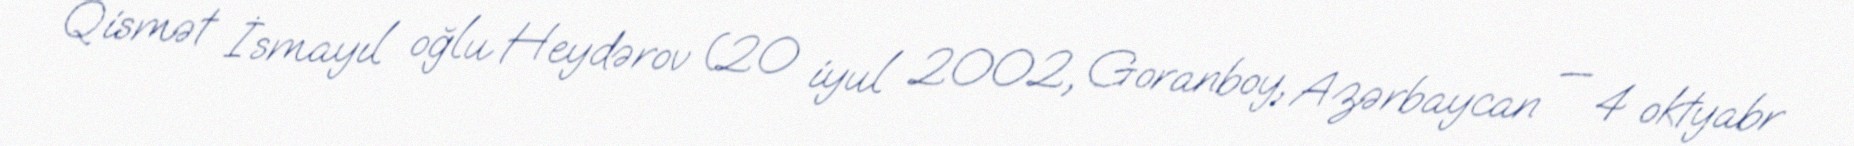
Qismət İsmayıl oğlu Heydərov (20 iyul 2002, Goranboy, Azərbaycan — 4 oktyabr